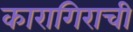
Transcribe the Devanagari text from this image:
कारागिराची